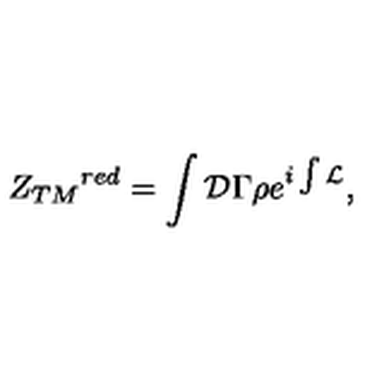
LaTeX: { Z _ { T M } } ^ { r e d } = \int { \cal D } \Gamma \rho e ^ { i \int { \cal L } } ,